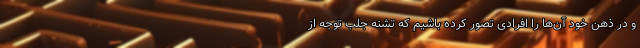
و در ذهن خود آن‌ها را افرادی تصور کرده‌ باشیم که تشنه جلب توجه از